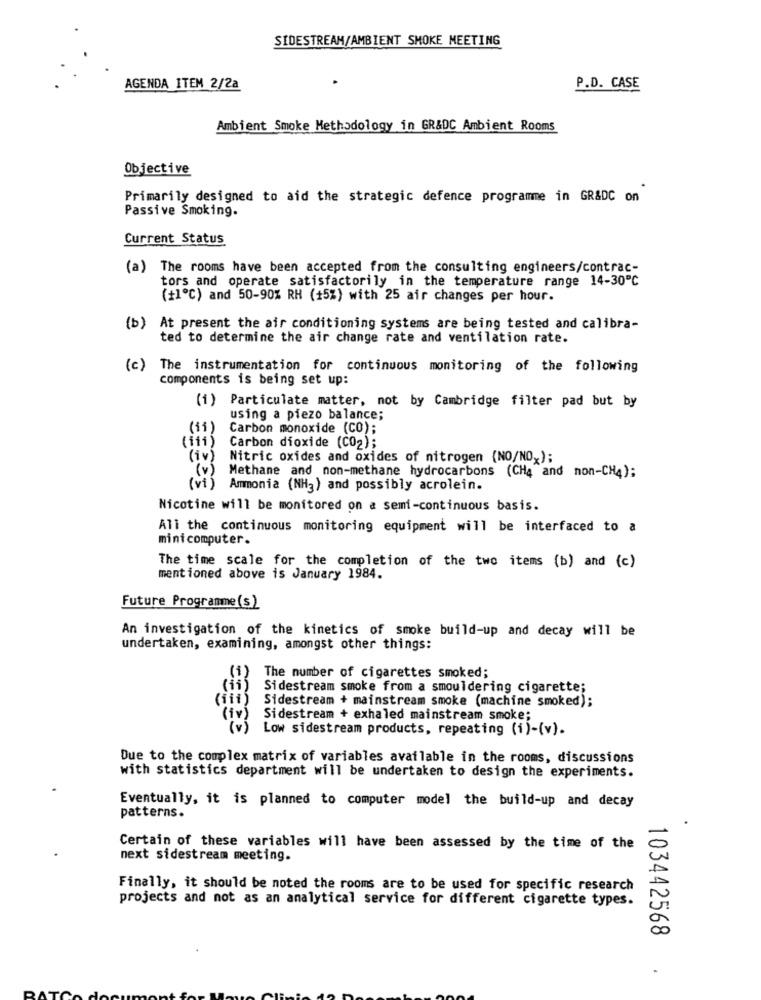
SIDESTREAM/AMBIENT SMOKE MEETING
AGENDA ITEM 2/2a
P.D. CASE
Ambient Smoke Methodology in GR&DC Ambient Rooms
Objective
Primarily designed to aid the strategic defence programme in GR&DC on
Passive Smoking.
Current Status
(a) The rooms have been accepted from the consulting engineers/contrac-
tors and operate satisfactorily in the temperature range 14-30℃
(+1º℃) and 50-90% RH (15%) with 25 air changes per hour.
(b)
At present the air conditioning systems are being tested and calibra-
ted to determine the air change rate and ventilation rate.
(c) The instrumentation for continuous monitoring of the following
components is being set up:
(i) Particulate matter, not by Cambridge filter pad but by
using a piezo balance;
(11)
Carbon monoxide (CO);
(111)
Carbon dioxide (CO2);
(iv)
Nitric oxides and oxides of nitrogen {NO/NOx);
Methane and non-methane hydrocarbons (CH4 and non-CH4);
Ammonia (NH3) and possibly acrolein.
Nicotine will be monitored on a semi-continuous basis.
All the continuous monitoring equipment will be interfaced to a
minicomputer.
The time scale for the completion of the two items (b) and (c)
mentioned above is January 1984.
Future Programme (s )
An investigation of the kinetics of smoke build-up and decay will be
undertaken, examining, amongst other things:
(1)
The number of cigarettes smoked;
(ii)
Sidestream smoke from a smouldering cigarette;
(iii)
Sidestream + mainstream smoke (machine smoked);
(iv)
Sidestream + exhaled mainstream smoke;
Low sidestream products, repeating (i)-(v).
Due to the complex matrix of variables available in the rooms, discussions
with statistics department will be undertaken to design the experiments.
Eventually, it is planned to computer model the build-up and decay
patterns.
Certain of these variables will have been assessed by the time of the
next sidestream meeting.
Finally, it should be noted the rooms are to be used for specific research
projects and not as an analytical service for different cigarette types.
103442568